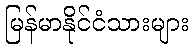
မြန်မာနိုင်ငံသားများ